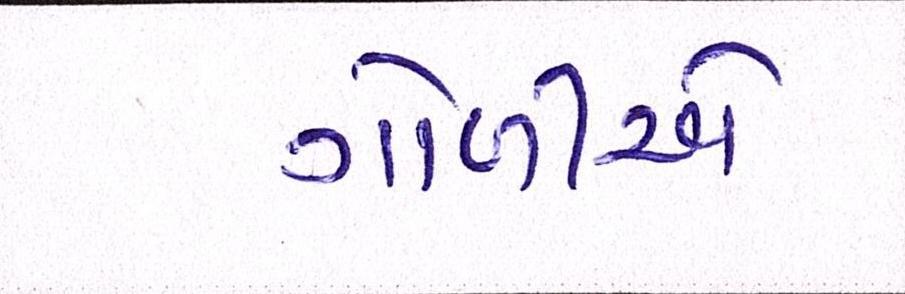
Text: ગોળીએ